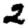
Digit: 2